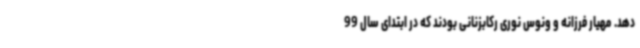
دهد. مهیار فرزانه و ونوس نوری رکابزنانی بودند که در ابتدای سال 99